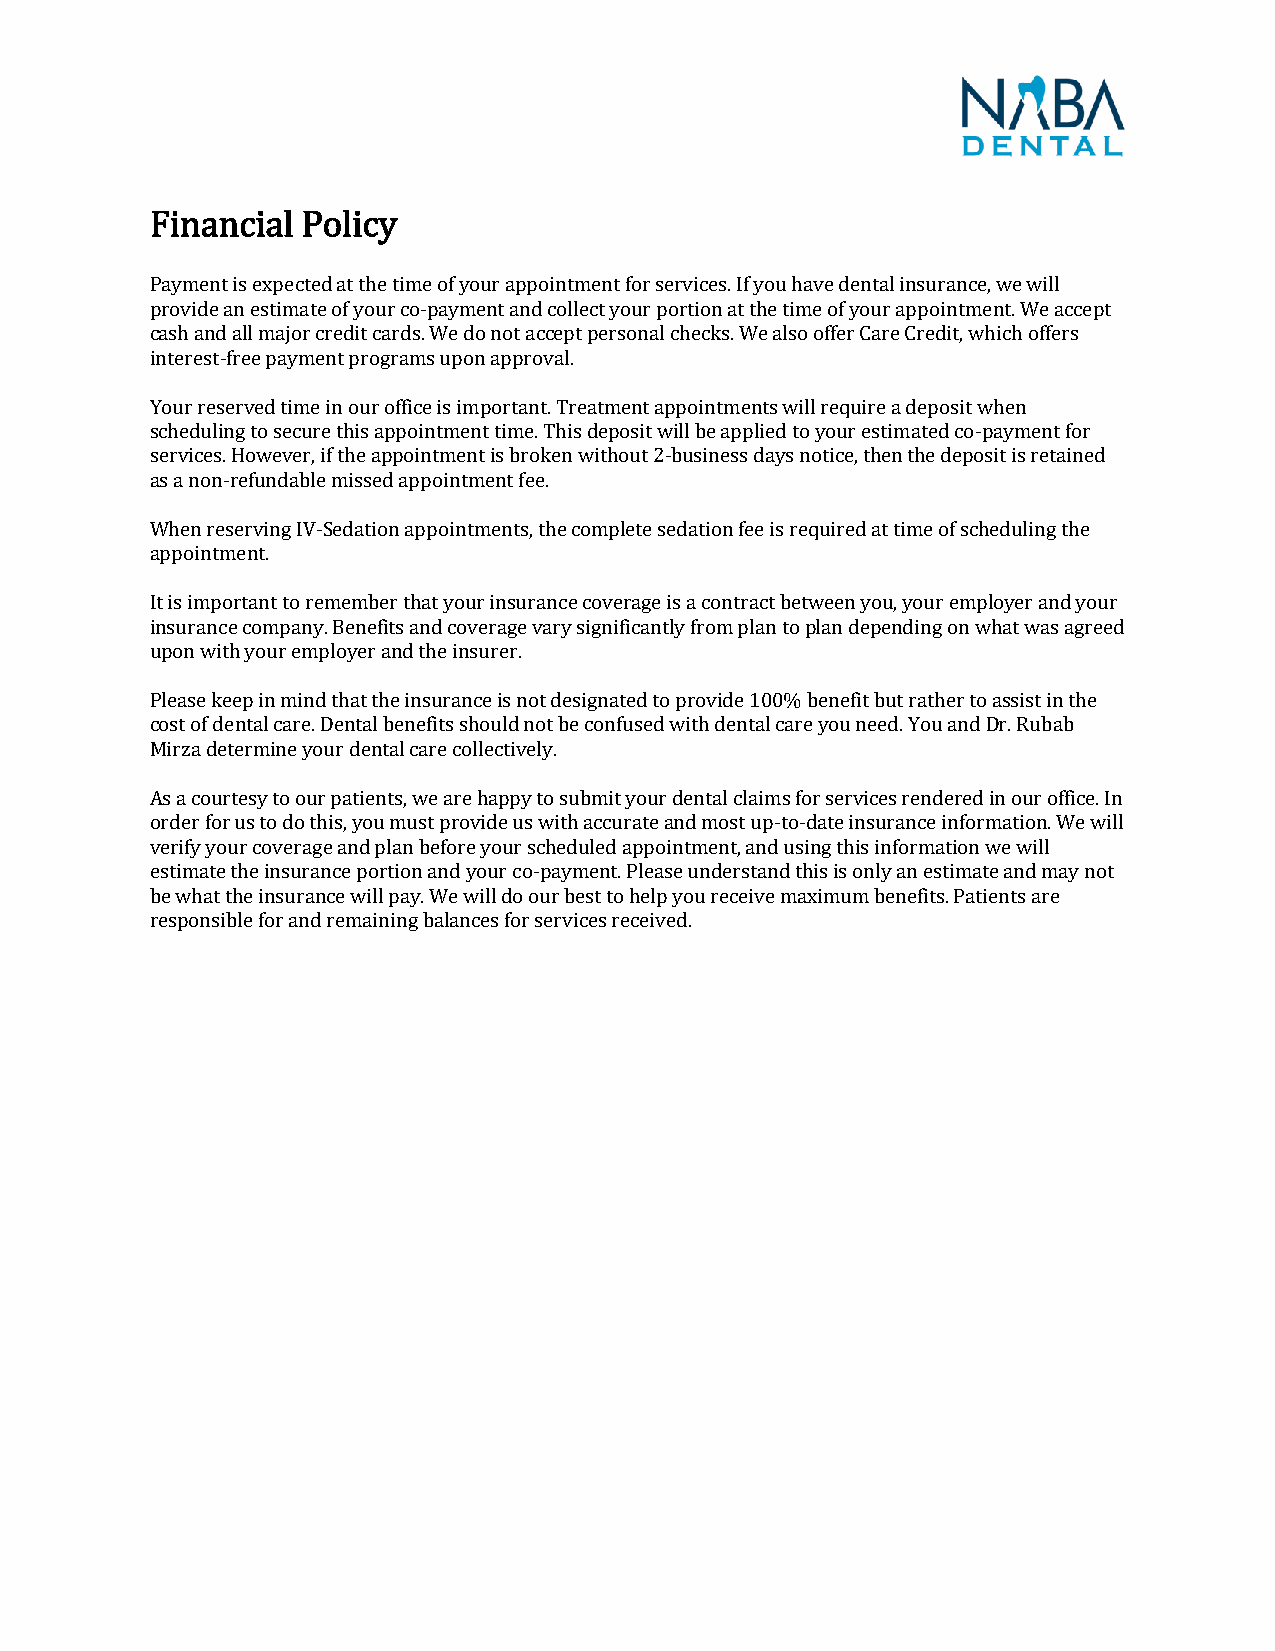
Financial Policy
 Payment is expected at the time of your appointment for services. If you have dental insurance, we will
 provide an estimate of your co-payment and collect your portion at the time of your appointment. We accept
 cash and all major credit cards. We do not accept personal checks. We also offer Care Credit, which offers
 interest-free payment programs upon approval.
 Your reserved time in our office is important. Treatment appointments will require a deposit when
 scheduling to secure this appointment time. This deposit will be applied to your estimated co-payment for
 services. However, if the appointment is broken without 2-business days notice, then the deposit is retained
 as a non-refundable missed appointment fee.
 When reserving IV-Sedation appointments, the complete sedation fee is required at time of scheduling the
 appointment.
 It is important to remember that your insurance coverage is a contract between you, your employer and your
 insurance company. Benefits and coverage vary significantly from plan to plan depending on what was agreed
 upon with your employer and the insurer.
 Please keep in mind that the insurance is not designated to provide 100% benefit but rather to assist in the
 cost of dental care. Dental benefits should not be confused with dental care you need. You and Dr. Rubab
 Mirza determine your dental care collectively.
 As a courtesy to our patients, we are happy to submit your dental claims for services rendered in our office. In
 order for us to do this, you must provide us with accurate and most up-to-date insurance information. We will
 verify your coverage and plan before your scheduled appointment, and using this information we will
 estimate the insurance portion and your co-payment. Please understand this is only an estimate and may not
 be what the insurance will pay. We will do our best to help you receive maximum benefits. Patients are
 responsible for and remaining balances for services received.